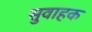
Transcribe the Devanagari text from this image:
सुवाहक